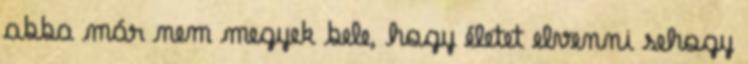
abba már nem megyek bele, hogy életet elvenni sehogy